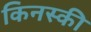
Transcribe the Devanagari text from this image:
किनस्की